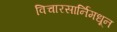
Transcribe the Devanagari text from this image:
विचारसार्निमधून